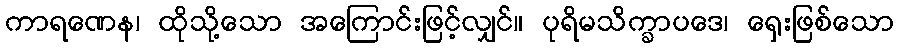
ကာရဏေန၊ ထိုသို့သော အကြောင်းဖြင့်လျှင်။ ပုရိမသိက္ခာပဒေ၊ ရှေးဖြစ်သော